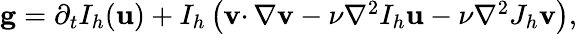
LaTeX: \begin{array}{r}{\mathbf{g}=\partial_{t}I_{h}(\mathbf{u})+I_{h}\left(\mathbf{v}\cdotp\nabla\mathbf{v}-\nu\nabla^{2}I_{h}\mathbf{u}-\nu\nabla^{2}J_{h}\mathbf{v}\right),}\end{array}